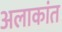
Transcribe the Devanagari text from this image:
अलाकांत